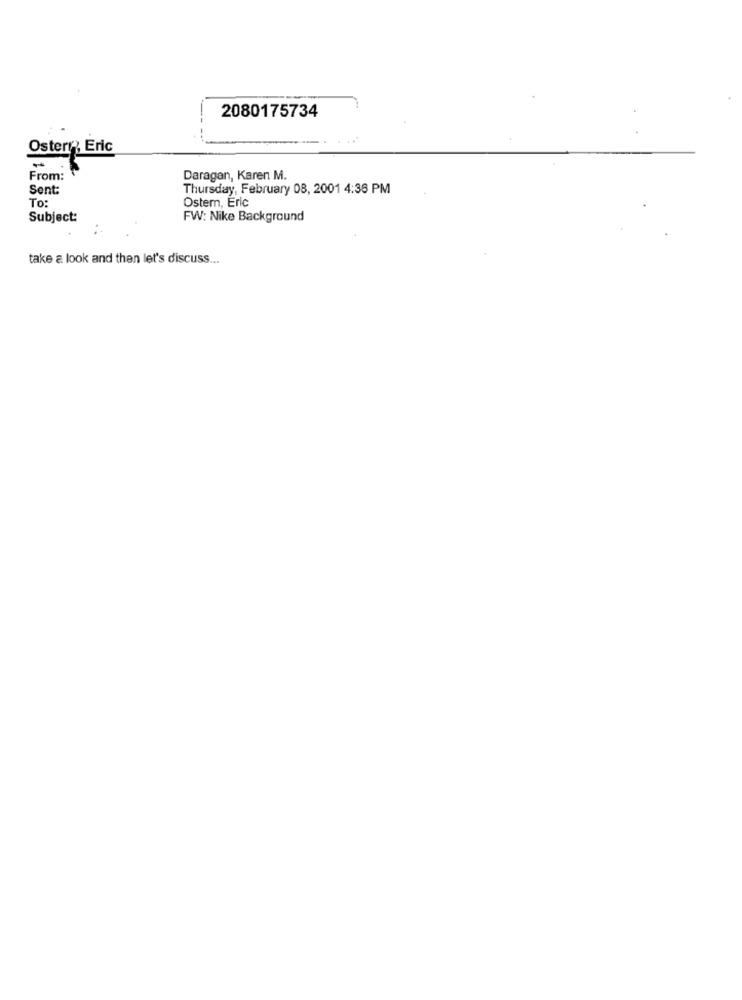
2080175734
Osterr Eric
From:
Daragan, Karen M.
Sent:
Thursday, February 08, 2001 4:36 PM
To:
Ostem, Eric
Subject:
FW: Nike Background
take a look and then let's discuss ...